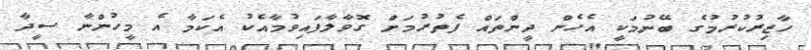
ހާޒިރުކުރުމުގެ ބޭނުމަކީ އެހެން ދީންތައް ފެތުރުމަށް ގޮވާލާފައިވުމާއެކު އެކަމާ އެ މީހުންނާ ސީދާ